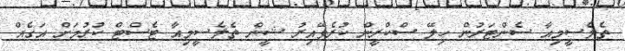
ތެލެސީމިއާ ސެންޓަރުން ހިލޭ ސްކްރީން ކުރެވޭއިރު ޝީން ތެލެސީމިއާ ޓެސްޓް ކުރުމަށް އަގެއް